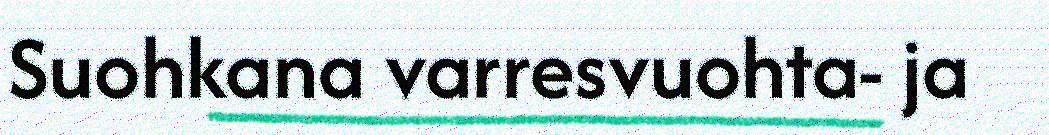
Suohkana varresvuohta- ja